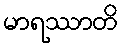
မာရဿာတိ